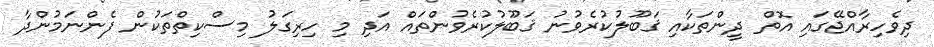
ދިވެހިރާއްޖޭގައި އޮތް ދީންތަކާއި ޤަބޫލުކުރެވުނު ޤަބޫލުކުރެވުންތައް އަދި މި ހިރިގަލު މިސްކިތްތަކުން ފެންނަމުންދާ